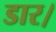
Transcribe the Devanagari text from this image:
डार।